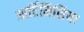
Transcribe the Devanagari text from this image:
आर्टिमिसिया